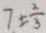
7 \pm \frac { 2 } { 3 }